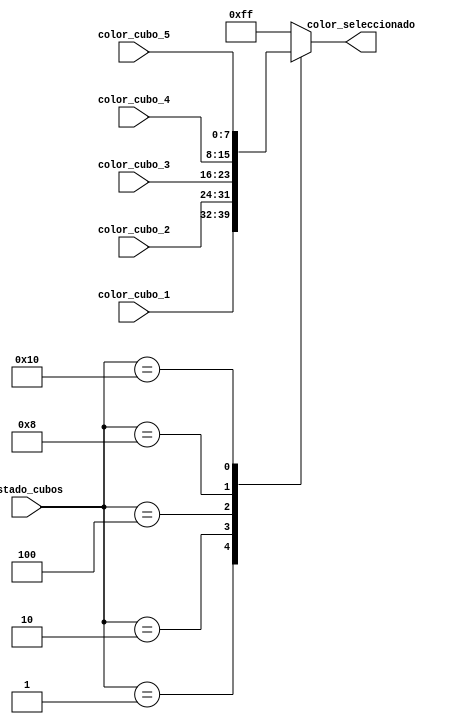
`timescale 1ns / 1ps

module seleccionador_color_cubo(    
	 input [4:0]estado_cubos,
    input [7:0] color_cubo_1,
    input [7:0] color_cubo_2,
    input [7:0] color_cubo_3,
    input [7:0] color_cubo_4,
    input [7:0] color_cubo_5,
    output reg [7:0] color_seleccionado
    );
	 

	always @(*)
		begin
			case(estado_cubos)
				0:
					begin
						color_seleccionado = 8'b11111111;
					end
				1:
					begin
						color_seleccionado = color_cubo_1;
					end
				2:
					begin
						color_seleccionado = color_cubo_2;
					end
				4:
					begin
						color_seleccionado = color_cubo_3;
					end
				8:
					begin
						color_seleccionado = color_cubo_4;
					end
				16:
					begin
						color_seleccionado = color_cubo_5;
					end					
				default:
					color_seleccionado = 8'b11111111;
			endcase
		end


endmodule